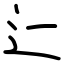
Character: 辷